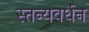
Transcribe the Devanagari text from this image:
स्तन्यवर्धन